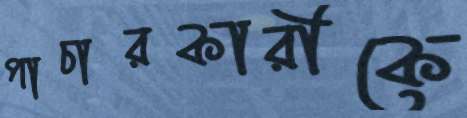
পাচারকারীকে